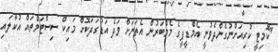
"ކޮމިޓީ ކުރިއަށްނުގެންދެވުނީ އެމްޑީޕީގެ މެމްބަރުން އެތަނަށް ވަދެ އަޑުގަދަކޮށް މައިކް ސިސްޓަމްތައް އުކާލައި